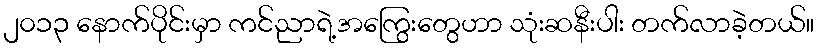
၂၀၁၃ နောက်ပိုင်းမှာ ကင်ညာရဲ့အကြွေးတွေဟာ သုံးဆနီးပါး တက်လာခဲ့တယ်။